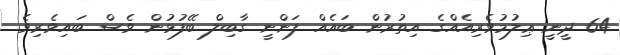
64 ދީނީ ޢިލުމުވެރިއެއްގެ އިތުރުން ބައެއް ފަންނީ ގާބިލް ބޭފުޅުން ވެސް ބައިވެރިވެ